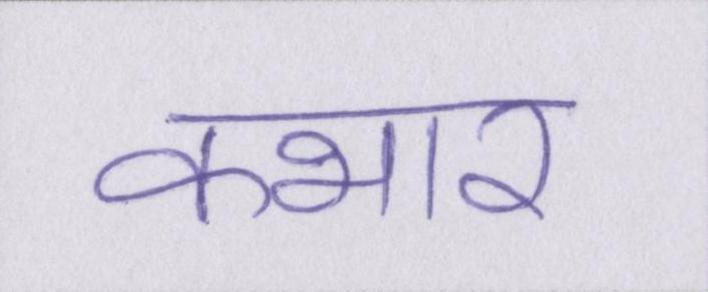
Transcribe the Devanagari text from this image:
कभार